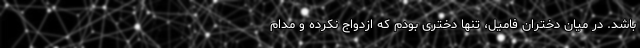
باشد. در میان دختران فامیل، تنها دختری بودم که ازدواج نکرده و مدام